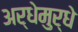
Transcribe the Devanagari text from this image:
अर्धेमुर्धे